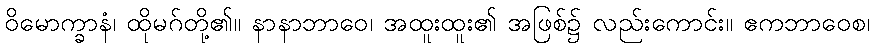
ဝိမောက္ခာနံ၊ ထိုမဂ်တို့၏။ နာနာဘာဝေ၊ အထူးထူး၏ အဖြစ်၌ လည်းကောင်း။ ဧကဘာဝေစ၊